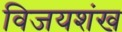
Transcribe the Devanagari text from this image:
विजयशंख